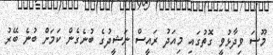
މޫސަ ވިދާޅުވީ ގޮތުގައި މިއަދު ރައީސް ނަޝީދުގެ ބުނެގެން ކަމަށް ބުނެ ބޭރު